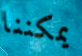
يمكننا